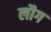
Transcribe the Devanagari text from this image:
लौग